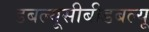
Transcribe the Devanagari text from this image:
डबल्यूसीबीडबल्यू